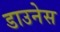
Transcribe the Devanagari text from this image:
डाउनेस